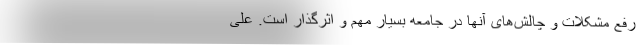
رفع مشکلات و چالش‌های آنها در جامعه بسیار مهم و اثرگذار است. علی